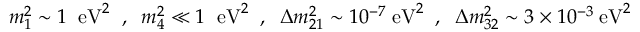
m _ { 1 } ^ { 2 } \sim 1 \; \; \mathrm { e V } ^ { 2 } \; \; , \; \; m _ { 4 } ^ { 2 } \ll 1 \; \; \mathrm { e V } ^ { 2 } \; \; , \; \; \Delta m _ { 2 1 } ^ { 2 } \sim 1 0 ^ { - 7 } \; \mathrm { e V } ^ { 2 } \; \; , \; \; \Delta m _ { 3 2 } ^ { 2 } \sim 3 \times 1 0 ^ { - 3 } \; \mathrm { e V } ^ { 2 }